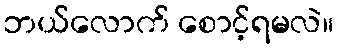
ဘယ်လောက် စောင့်ရမလဲ။